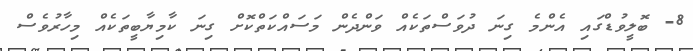
8- ބޮލީވުޑްގައި އެންމެ ގިނަ ދުވަސްތަކެއް ވަންދެން މަސައްކަތްކޮށް ގިނަ ކާމިޔާބީތަކެއް މިހާރުވެސް